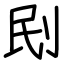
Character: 刡